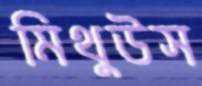
মিথুউস